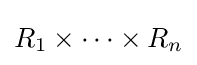
R_{1}\times \cdots \times R_{n}